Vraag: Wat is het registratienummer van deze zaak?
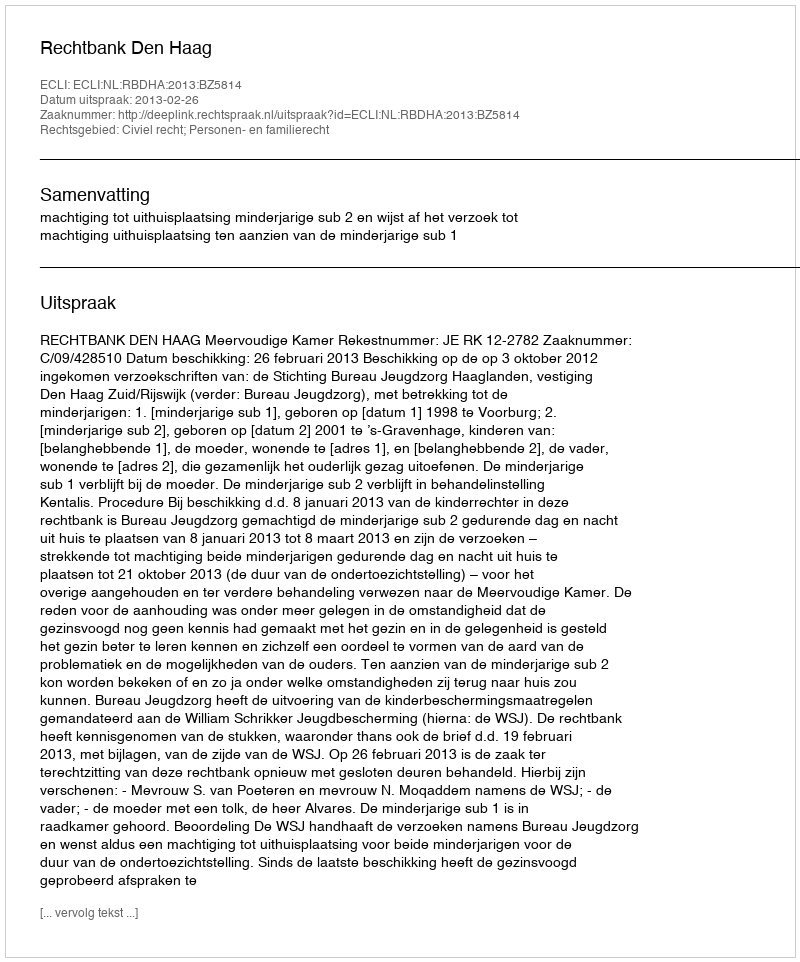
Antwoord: http://deeplink.rechtspraak.nl/uitspraak?id=ECLI:NL:RBDHA:2013:BZ5814